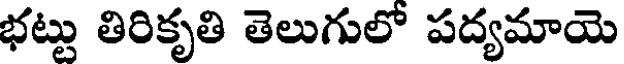
భట్టు తిరికృతి తెలుగులో పద్యమాయె